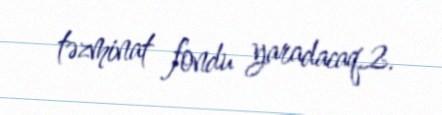
təzminat fondu yaradacaq.2.